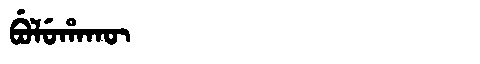
Manchu: ᠪᡠᠯᡠᡥᠠᡴᡡ
Romanization: BULUHAKŪ